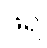
ဖရဲ